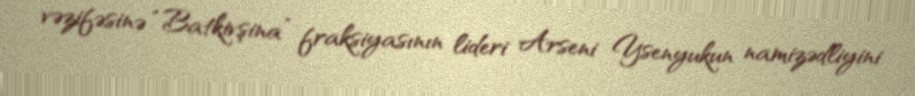
vəzifəsinə “Batkivşina” fraksiyasının lideri Arseni Ysenyukun namizədliyini